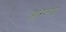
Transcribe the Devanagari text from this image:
आरश्या